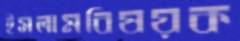
ইসলামবিষয়ক